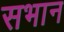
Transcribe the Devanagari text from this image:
सभान